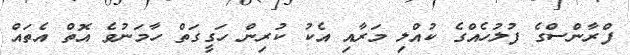
ފްރާންސްގެ ފުލުހެއްގެ ކުއްލި މަރާއި އެކު ކުރިން ހަގީގަތް ހާމަނުވެ އޮތް އެތައް